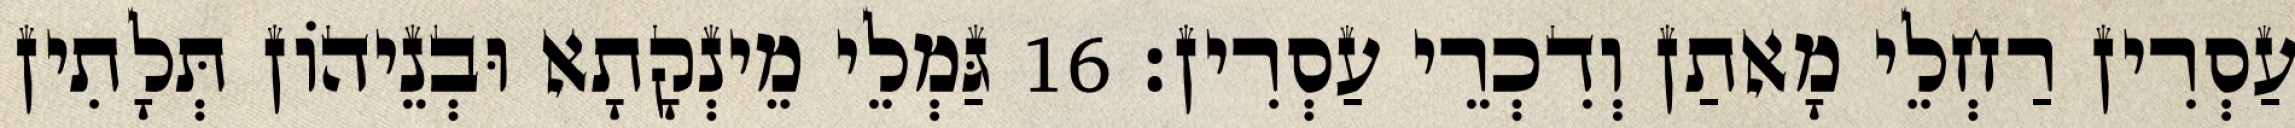
עַסְרִין רַחְלֵי מָאתַן וְדִכְרֵי עַסְרִין׃ 16 גַּמְלֵי מֵינְקָתָא וּבְנֵיהוֹן תְּלָתִין